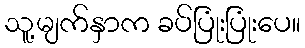
သူ့မျက်နှာက ခပ်ပြုံးပြုံးပေ။